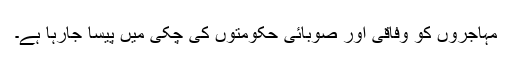
مہاجروں کو وفاقی اور صوبائی حکومتوں کی چکی میں پیسا جارہا ہے۔